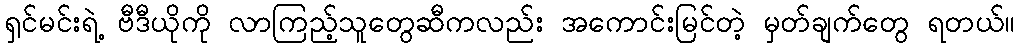
ရှင်မင်းရဲ့ ဗီဒီယိုကို လာကြည့်သူတွေဆီကလည်း အကောင်းမြင်တဲ့ မှတ်ချက်တွေ ရတယ်။